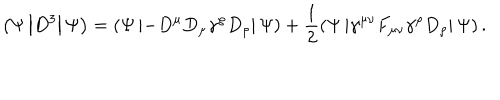
\left( \Psi \left| D ^ { 3 } \right| \Psi \right) = \left( \Psi \left| - D ^ { \mu } D _ { \mu } \gamma ^ { \rho } D _ { \rho } \right| \Psi \right) + \frac { 1 } { 2 } \left( \Psi \left| \gamma ^ { \mu \nu } F _ { \mu \nu } \gamma ^ { \rho } D _ { \rho } \right| \Psi \right) .